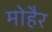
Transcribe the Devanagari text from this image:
मोहैर